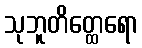
သုဘူတိတ္ထေရော